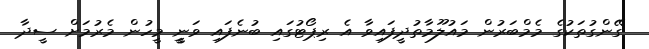
ގޭންގުތަކުގެ މެމްބަރުން މައުލޫމާތުދީފައިވާ އެ ރިޕޯޓުގައި ބުނެފައި ވަނީީ މީހުން މެރުމަށް ސީދާ